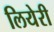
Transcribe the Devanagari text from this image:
लियेरी